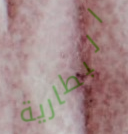
البطارية